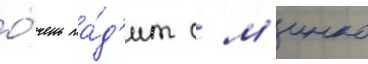
о́чень ла́д'ит с м'инко